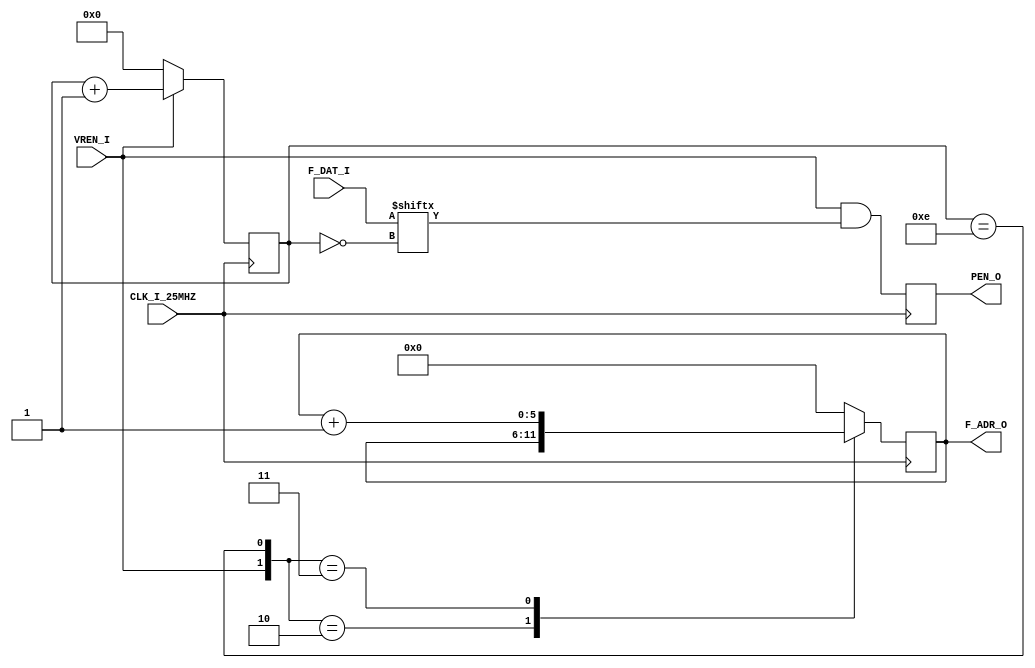
`timescale 1ns / 1ps
module SHIFTER(
	input					CLK_I_25MHZ,
	input					VREN_I,
	output	[ 5:0]	F_ADR_O,
	input		[15:0]	F_DAT_I,
	output				PEN_O
);

	reg	[ 3:0]	dot_counter;
	reg	[ 5:0]	word_counter;
	reg	[ 3:0]	n_dot_counter;
	reg	[ 5:0]	n_word_counter;
	reg				pen;
	reg				inc_word_counter;

	assign	PEN_O		= pen;
	assign	F_ADR_O	= word_counter;

	always @(posedge CLK_I_25MHZ) begin
		dot_counter			<= n_dot_counter;
		word_counter		<= n_word_counter;
		pen					<= VREN_I & F_DAT_I[~dot_counter[3:0]];
	end

	always @(*) begin
		inc_word_counter	<= (dot_counter[3:0] == 4'hE);
		n_dot_counter <= (VREN_I)? (dot_counter+1) : 0;

		case({VREN_I, inc_word_counter})
			2'b10:	n_word_counter <= word_counter;
			2'b11:	n_word_counter <= word_counter+1;
			default:	n_word_counter <= 0;
		endcase
	end
endmodule